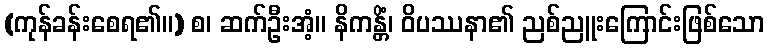
(ကုန်ခန်းစေရ၏။) စ၊ ဆက်ဦးအံ့။ နိကန္တိံ၊ ဝိပဿနာ၏ ညစ်ညူးကြောင်းဖြစ်သော